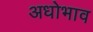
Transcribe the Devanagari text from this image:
अधोभाव